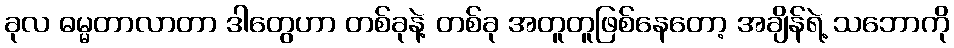
ခုလ ဓမ္မတာလာတာ ဒါတွေဟာ တစ်ခုနဲ့ တစ်ခု အတူတူဖြစ်နေတော့ အချိန်ရဲ့ သဘောကို